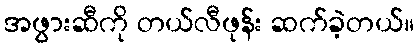
အဖွားဆီကို တယ်လီဖုန်း ဆက်ခဲ့တယ်။